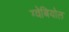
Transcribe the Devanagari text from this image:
ग्वेबियोल